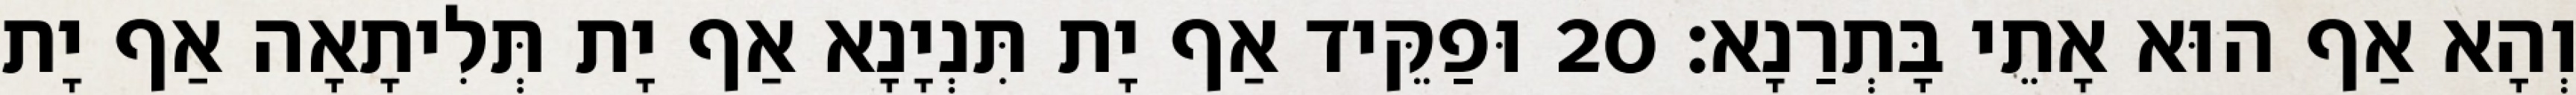
וְהָא אַף הוּא אָתֵי בָּתְרַנָא׃ 20 וּפַקֵּיד אַף יָת תִּנְיָנָא אַף יָת תְּלִיתָאָה אַף יָת